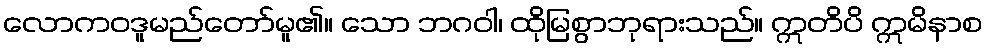
လောကဝဒူမည်တော်မူ၏။ သော ဘဂဝါ၊ ထိုမြစွာဘုရားသည်။ ဣတိပိ ဣမိနာစ